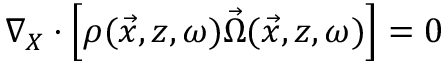
\nabla _ { X } \cdot \left[ \rho ( \vec { x } , z , \omega ) \vec { \Omega } ( \vec { x } , z , \omega ) \right] = 0